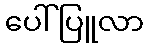
ပေါ်ပြူလာ